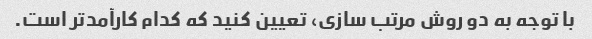
با توجه به دو روش مرتب سازی، تعیین کنید که کدام کارآمدتر است.